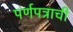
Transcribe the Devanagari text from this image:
पर्णपत्राची